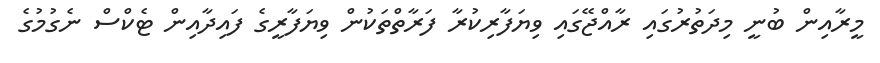
މީރާއިން ބުނީ މިދަތުރުގައި ރާއްޖޭގައި ވިޔަފާރިކުރާ ފަރާތްތަކުން ވިޔަފާރީގެ ފައިދާއިން ޓެކްސް ނެގުމުގެ